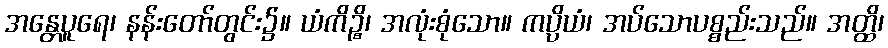
အန္တေပူရေ၊ နန်းတော်တွင်း၌။ ယံကိဉ္စိ၊ အလုံးစုံသော။ ကပ္ပိယံ၊ အပ်သောပစ္စည်းသည်။ အတ္ထိ၊